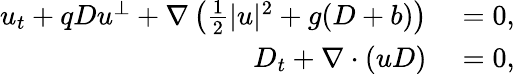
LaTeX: \begin{array}{rl}{u_{t}+qDu^{\perp}+\nabla\left(\frac{1}{2}|u|^{2}+g(D+b)\right)}&{{}=0,}\\ {D_{t}+\nabla\cdot(uD)}&{{}=0,}\end{array}